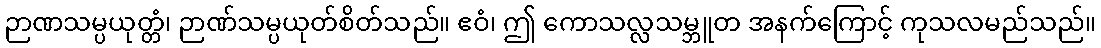
ဉာဏသမ္ပယုတ္တံ၊ ဉာဏ်သမ္ပယုတ်စိတ်သည်။ ဧဝံ၊ ဤ ကောသလ္လသမ္ဘူတ အနက်ကြောင့် ကုသလမည်သည်။